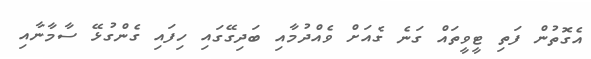
އެގޮތުން ފަތި ޓީވީތައް ގަނެ ގެއަށް ވެއްދުމާއި ބަދިގޭގައި ހިފައި ގެންގުޅޭ ސާމާނާއި